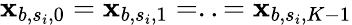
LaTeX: \mathbf{x}_{b,s_{i},0}=\mathbf{x}_{b,s_{i},1}=..=\mathbf{x}_{b,s_{i},K-1}